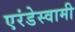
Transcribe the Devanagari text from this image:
एरंडेस्वामी